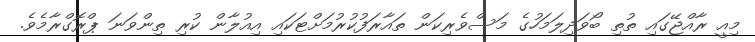
މިއީ ރާއްޖޭގައި ތުތި ބޯވަދިލަމަހުގެ މަސްވެރިކަން ތައާރަފުކުރުމަށްޓަކައި އިއުލާން ކުރި ތިންވަނަ ޕްރޮގްރާމެވެ.